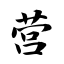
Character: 营